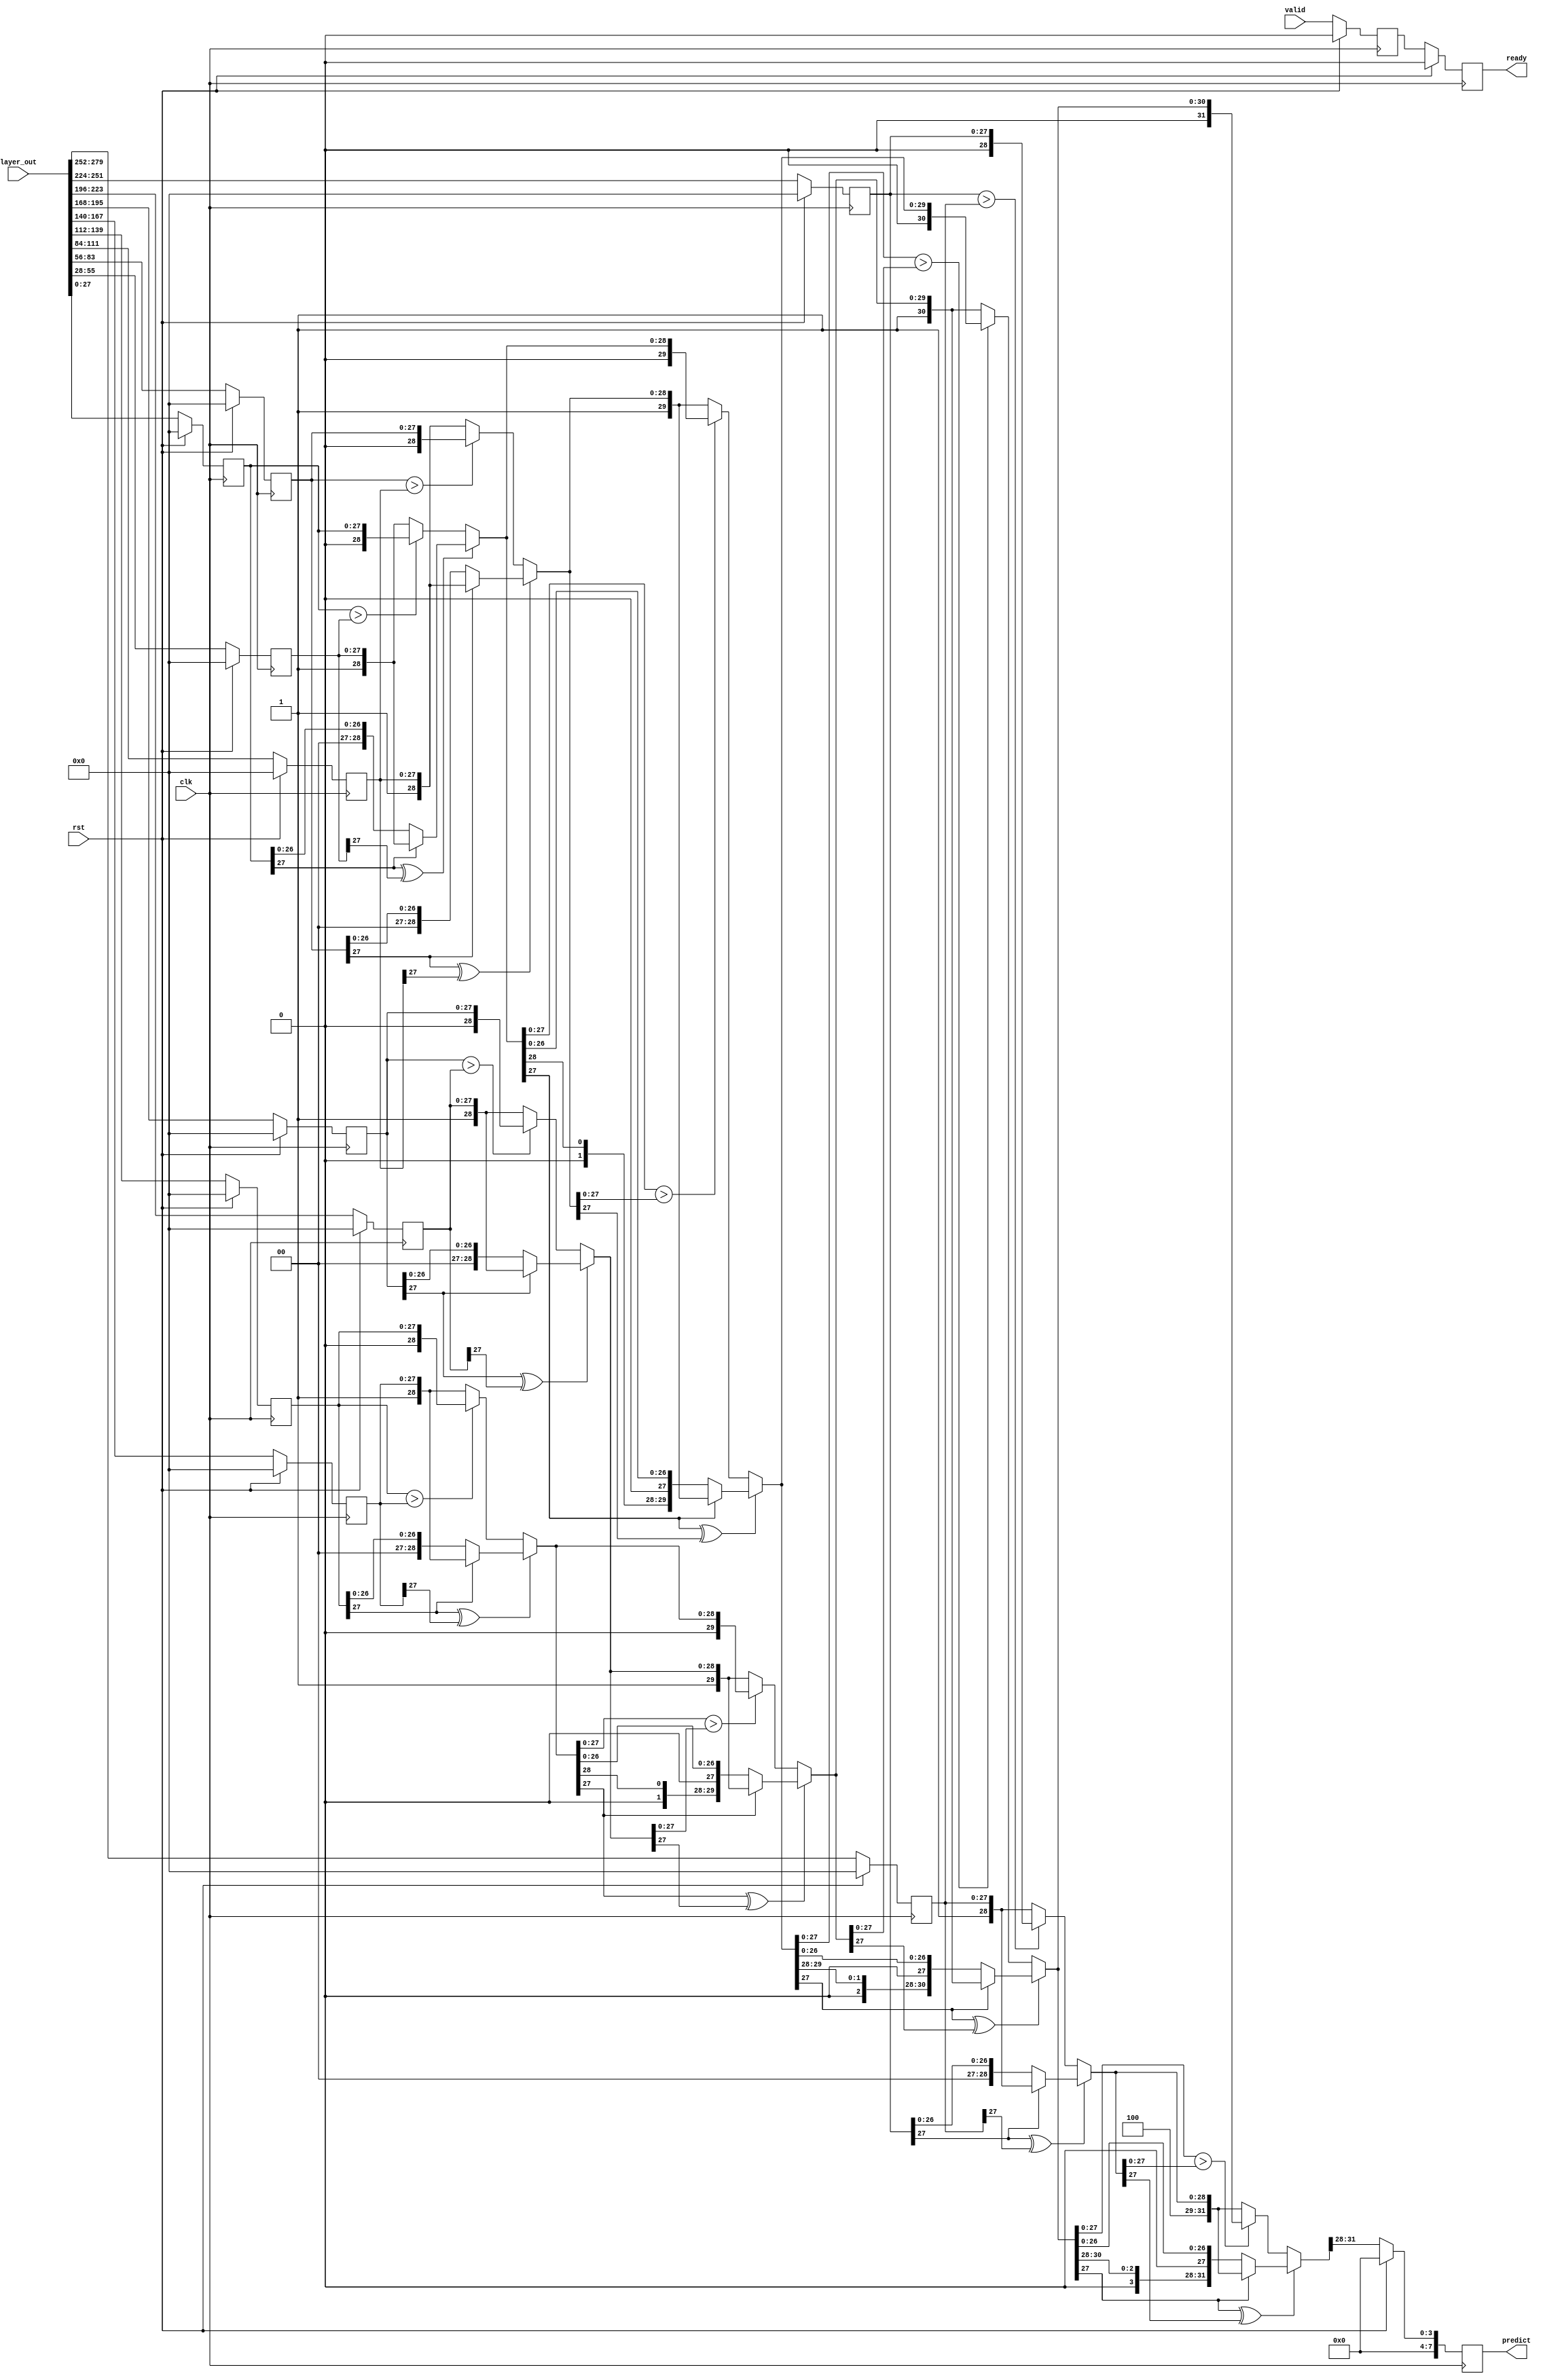
module comparator
(
input [28*10-1:0] layer_out,
input rst,
input clk,
input valid,
output  reg ready,
output reg [7:0] predict
);
parameter DATA_WIDTH=28;
reg [DATA_WIDTH-1: 0] result [0:9];
wire [4+DATA_WIDTH-1:0] com_re01,com_re23,com_re45,com_re67,com_re89;
reg ready_temp;
always@(posedge clk)
    begin
        if(rst)
            begin
                ready<=1'b0;
                ready_temp<=1'b0;
            end
        else
            begin
                ready_temp<=valid;
                ready<=ready_temp;
            end
    end
 
assign com_re01=(result[0][DATA_WIDTH-1]^result[1][DATA_WIDTH-1]) ? 
                                                        ((result[0][DATA_WIDTH-1]==1'b0)   ?   {4'd0,result[0]}:{4'd1,result[1]}):
                                                        ((result[0]>result[1]) ? {4'd0,result[0]}:{4'd1,result[1]});
assign com_re23=(result[2][DATA_WIDTH-1]^result[3][DATA_WIDTH-1]) ? 
                                                        ((result[2][DATA_WIDTH-1]==1'b0)   ?   {4'd2,result[2]}:{4'd3,result[3]}):
                                                        ((result[2]>result[3]) ? {4'd2,result[2]}:{4'd3,result[3]});
assign com_re45=(result[4][DATA_WIDTH-1]^result[5][DATA_WIDTH-1]) ? 
                                                        ((result[4][DATA_WIDTH-1]==1'b0)   ?   {4'd4,result[4]}:{4'd5,result[5]}):
                                                        ((result[4]>result[5]) ? {4'd4,result[4]}:{4'd5,result[5]});

assign com_re67=(result[6][DATA_WIDTH-1]^result[7][DATA_WIDTH-1]) ? 
                                                        ((result[6][DATA_WIDTH-1]==1'b0)   ?   {4'd6,result[6]}:{4'd7,result[7]}):
                                                        ((result[6]>result[7]) ? {4'd6,result[6]}:{4'd7,result[7]});
assign com_re89=(result[8][DATA_WIDTH-1]^result[9][DATA_WIDTH-1]) ? 
                                                        ((result[8][DATA_WIDTH-1]==1'b0)   ?   {4'd8,result[8]}:{4'd9,result[9]}):
                                                        ((result[8]>result[9]) ? {4'd8,result[8]}:{4'd9,result[9]});
wire [4+DATA_WIDTH-1:0] com_re01_23,com_re45_67,com_re0123_4567,com_re01234567_89;
assign com_re01_23=(com_re01[DATA_WIDTH-1]^com_re23[DATA_WIDTH-1])   ?
                                                        ((com_re01[DATA_WIDTH-1]==1'b0)  ?   com_re01:com_re23):
                                                        ((com_re01[DATA_WIDTH-1:0]>com_re23[DATA_WIDTH-1:0]) ?   com_re01:com_re23);
assign com_re45_67=(com_re45[DATA_WIDTH-1]^com_re67[DATA_WIDTH-1])   ?
                                                        ((com_re45[DATA_WIDTH-1]==1'b0)  ?   com_re45:com_re67):
                                                        ((com_re45[DATA_WIDTH-1:0]>com_re67[DATA_WIDTH-1:0]) ?   com_re45:com_re67);
assign com_re0123_4567=(com_re01_23[DATA_WIDTH-1]^com_re45_67[DATA_WIDTH-1])   ?
                                                        ((com_re01_23[DATA_WIDTH-1]==1'b0)  ?   com_re01_23:com_re45_67):
                                                        ((com_re01_23[DATA_WIDTH-1:0]>com_re45_67[DATA_WIDTH-1:0]) ?   com_re01_23:com_re45_67);
assign com_re01234567_89=(com_re0123_4567[DATA_WIDTH-1]^com_re89[DATA_WIDTH-1])   ?
                                                        ((com_re0123_4567[DATA_WIDTH-1]==1'b0)  ?   com_re0123_4567:com_re89):
                                                        ((com_re0123_4567[DATA_WIDTH-1:0]>com_re89[DATA_WIDTH-1:0]) ?   com_re0123_4567:com_re89);
integer i;
always@(posedge clk )
begin
    if(rst)
            begin
                for(i=0;i<10;i=i+1)
                    begin
                        result[i]<={28'b0};
                    end
                predict<=0;
            end
    else
    begin 
        predict <={4'b0,com_re01234567_89[4+DATA_WIDTH-1:4+DATA_WIDTH-1-3]};
       result[0]<=layer_out[27:0];
       result[1]<=layer_out[55:28];
       result[2]<=layer_out[83:56];
       result[3]<=layer_out[111:84];
       result[4]<=layer_out[139:112];
       result[5]<=layer_out[167:140];
       result[6]<=layer_out[195:168];
       result[7]<=layer_out[223:196];
       result[8]<=layer_out[251:224];
       result[9]<=layer_out[279:252];
    end
end
endmodule